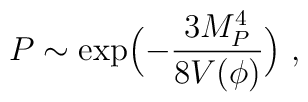
P \sim \exp\Bigl(-{3M^4_P\over 8V(\phi)}\Bigr) \ ,